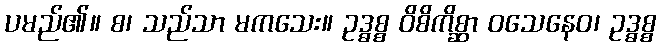
ပမည်၏။ စ၊ သည်သာ မကသေး။ ဥဒ္ဓစ္စ ဝိစိကိစ္ဆာ ဝသေနေဝ၊ ဥဒ္ဓစ္စ